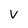
Character: v